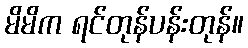
မိမိက ရင်တုန်ပန်းတုန်။